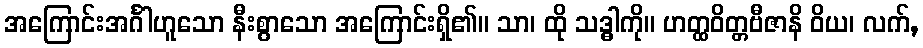
အကြောင်းအင်္ဂါဟူသော နီးစွာသော အကြောင်းရှိ၏။ သာ၊ ထို သဒ္ဓါကို။ ဟတ္ထဝိတ္တဗီဇာနိ ဝိယ၊ လက်,